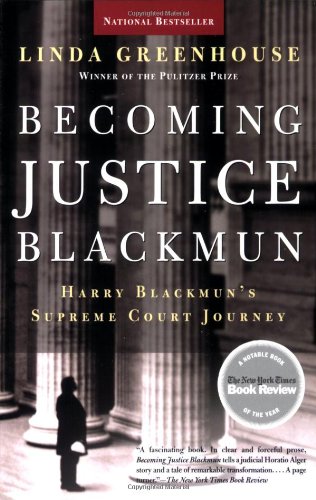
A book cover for Becoming Justice Blackmun: Harry Blackmun's Supreme Court Journey; Linda Greenhouse; Law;